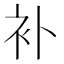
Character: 补